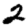
Digit: 2